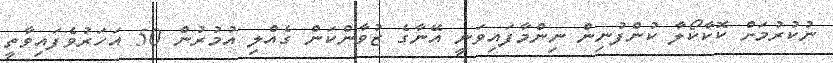
ނުކުރުމަށް ކޮކާކޯލާ ކުންފުނިން ނިންމާފައިވަނީ އޭނާގެ ޒުވާންކަން ގެއްލި އުމުރުން 50 އަހަރުވެފައިވާތީ